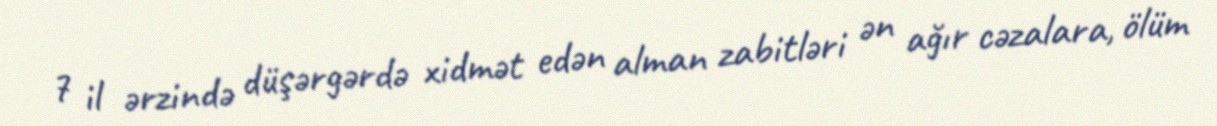
7 il ərzində düşərgərdə xidmət edən alman zabitləri ən ağır cəzalara, ölüm